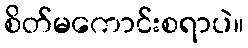
စိတ်မကောင်းစရာပဲ။